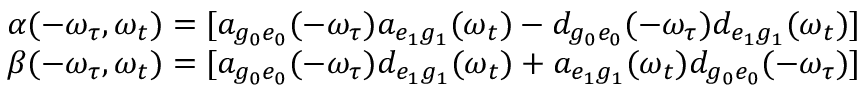
\begin{array} { r } { \alpha ( - \omega _ { \tau } , \omega _ { t } ) = [ a _ { g _ { 0 } e _ { 0 } } ( - \omega _ { \tau } ) a _ { e _ { 1 } g _ { 1 } } ( \omega _ { t } ) - d _ { g _ { 0 } e _ { 0 } } ( - \omega _ { \tau } ) d _ { e _ { 1 } g _ { 1 } } ( \omega _ { t } ) ] } \\ { \beta ( - \omega _ { \tau } , \omega _ { t } ) = [ a _ { g _ { 0 } e _ { 0 } } ( - \omega _ { \tau } ) d _ { e _ { 1 } g _ { 1 } } ( \omega _ { t } ) + a _ { e _ { 1 } g _ { 1 } } ( \omega _ { t } ) d _ { g _ { 0 } e _ { 0 } } ( - \omega _ { \tau } ) ] } \end{array}